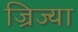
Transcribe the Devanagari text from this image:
ज्रिज्या